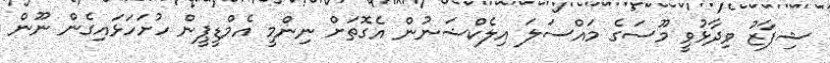
ޝިފާޒު ވިދާޅުވީ މޫސަގެ މައްސަލަ އިލެކްޝަނުން އެގޮތަށް ނިންމީ އެމްޑީޕީން ހުށަހަޅައިގެން ނޫން